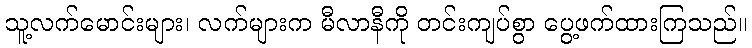
သူ့လက်မောင်းများ၊ လက်များက မီလာနီကို တင်းကျပ်စွာ ပွေ့ဖက်ထားကြသည်။